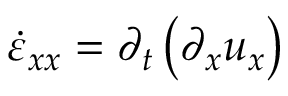
\dot { \varepsilon } _ { x x } = \partial _ { t } \left( \partial _ { x } u _ { x } \right)